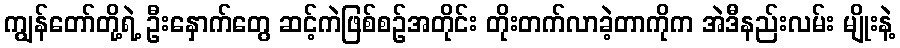
ကျွန်တော်တို့ရဲ့ ဦးနှောက်တွေ ဆင့်ကဲဖြစ်စဉ်အတိုင်း တိုးတက်လာခဲ့တာကိုက အဲဒီနည်းလမ်း မျိုးနဲ့